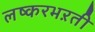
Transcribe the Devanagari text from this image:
लष्करभऱती